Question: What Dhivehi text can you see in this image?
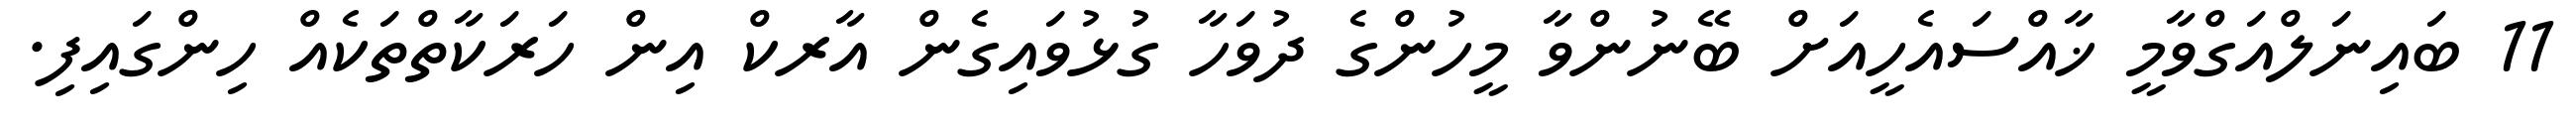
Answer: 11 ބައިނަލްއަގްވާމީ ޚާއްސައެހީއަށް ބޭނުންވާ މީހުންގެ ދުވަހާ ގުޅުވައިގެން އާރކް އިން ހަރަކާތްތަކެއް ހިންގައިފި.